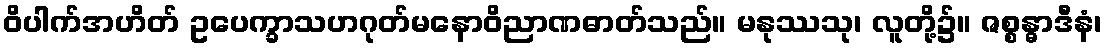
ဝိပါက်အဟိတ် ဥပေက္ခာသဟဂုတ်မနောဝိညာဏဓာတ်သည်။ မနုဿသု၊ လူတို့၌။ ဇစ္စန္ဓာဒီနံ၊